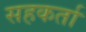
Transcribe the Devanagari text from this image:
सहकर्ता